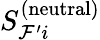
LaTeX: S_{\mathcal{F}^{\prime}i}^{(\mathrm{neutral})}